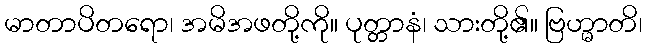
မာတာပိတရော၊ အမိအဖတို့ကို။ ပုတ္တာနံ၊ သားတို့၏။ ဗြဟ္မာတိ၊